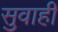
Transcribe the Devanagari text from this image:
सुवाही